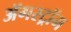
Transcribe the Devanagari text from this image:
ॲगस्ट्रॉम